Vaccination returns of the Province of Eastern Bengal and Assam - 1905-1912
Year: 1905
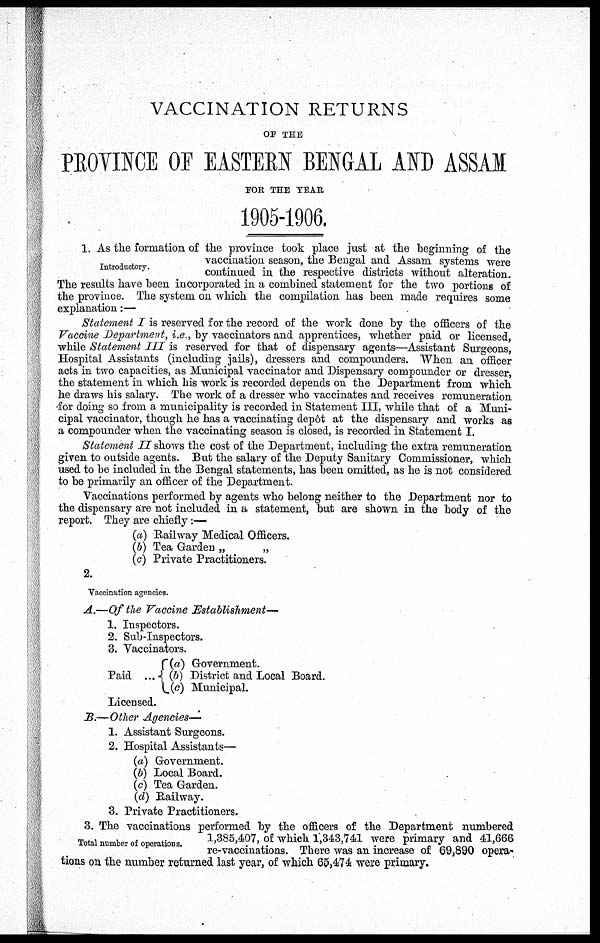
VACCINATION RETURNS
OF THE
PROVINCE OF EASTERN BENGAL AND ASSAM
FOR THE YEAR
1905-1906.
Introductory.
1. As the formation of the province took place just at the beginning of the
vaccination season, the Bengal and Assam systems were
continued in the respective districts without alteration.
The results have been incorporated in a combined statement for the two portions of
the province. The system on which the compilation has been made requires some
explanation:—
Statement I is reserved for the record of the work done by the officers of the
Vaccine Department, i.e., by vaccinators and apprentices, whether paid or licensed,
while Statement III is reserved for that of dispensary agents—Assistant Surgeons,
Hospital Assistants (including jails), dressers and compounders. When an officer
acts in two capacities, as Municipal vaccinator and Dispensary compounder or dresser,
the statement in which his work is recorded depends on the Department from which
he draws his salary. The work of a dresser who vaccinates and receives remuneration
for doing so from a municipality is recorded in Statement III, while that of a Muni-
cipal vaccinator, though he has a vaccinating depôt at the dispensary and works as
a compounder when the vaccinating season is closed, is recorded in Statement I.
Statement II shows the cost of the Department, including the extra remuneration
given to outside agents. But the salary of the Deputy Sanitary Commissioner, which
used to be included in the Bengal statements, has been omitted, as he is not considered
to be primarily an officer of the Department.
Vaccinations performed by agents who belong neither to the Department nor to
the dispensary are not included in a statement, but are shown in the body of the
report. They are chiefly :—
(a) Railway Medical Officers.
(b) Tea Garden „
„
(c) Private Practitioners.
Vaccination agencies.
2.
A.—Of the Vaccine Establishment—
1. Inspectors.
2. Sub-Inspectors.
3. Vaccinators.
Paid ...
(a) Government.
(b) District and Local Board.
(c) Municipal.
Licensed.
B.—Other Agencies—
1. Assistant Surgeons.
2. Hospital Assistants—
(a) Government.
(b) Local Board.
(c) Tea Garden.
(d) Railway.
3. Private Practitioners.
Total number of operations.
3. The vaccinations performed by the officers of the Department numbered
1,385,407, of which 1,343,741 were primary and 41,666
re-vaccinations. There was an increase of 69,890 opera-
tions on the number returned last year, of which 65,474 were primary.